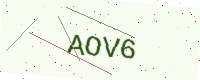
Text: AOV6